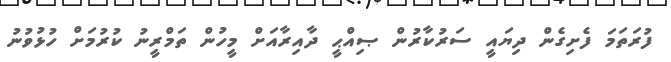
ފުރަތަމަ ފެށިގެން ދިޔައީ ސަރުކާރުން ޞިއްޙީ ދާއިރާއަށް މީހުން ތަމްރީނު ކުރުމަށް ހުޅުވުނު